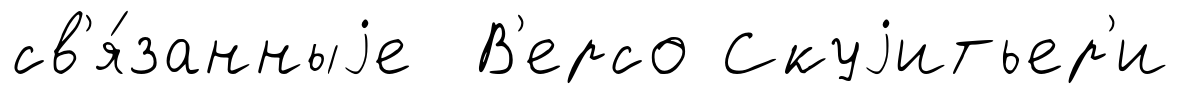
св'я́занныjе В'ерсо Скуjитьер'и